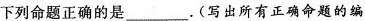
下列命题正确的是___。(写出所有正确命题的编